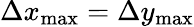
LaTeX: \Delta x_{\operatorname*{max}}=\Delta y_{\operatorname*{max}}